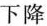
下降